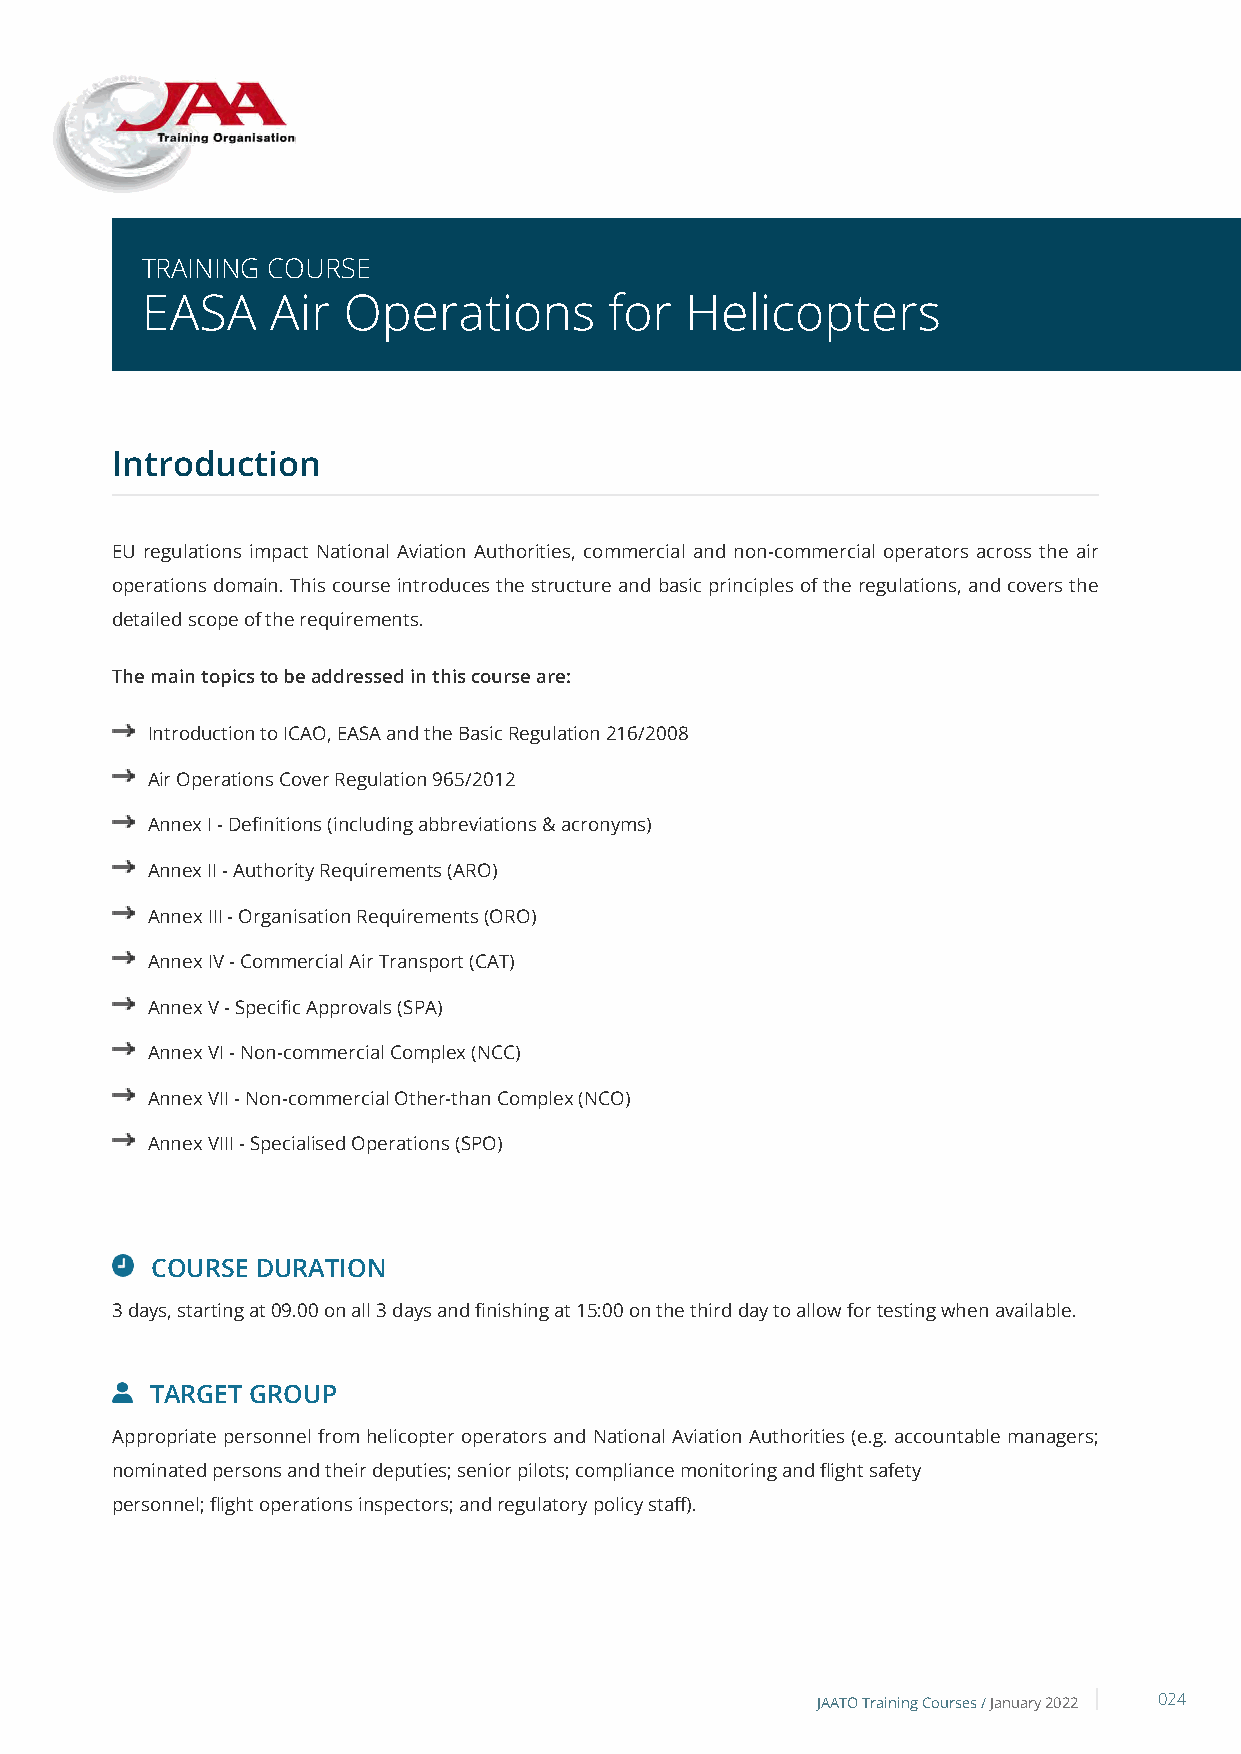
TRAINING COURSE
 EASA     Air  Operations       for  Helicopters
 Introduction
 EU regulations impact National Aviation Authorities, commercial and non-commercial operators across the air
 operations domain. This course introduces the structure and basic principles of the regulations, and covers the
 detailed scope of the requirements.
 The main topics to be addressed in this course are:
 Introduction to ICAO, EASA and the Basic Regulation 216/2008
 Air Operations Cover Regulation 965/2012
 Annex I - Definitions (including abbreviations & acronyms)
 Annex II - Authority Requirements (ARO)
 Annex III - Organisation Requirements (ORO)
 Annex IV - Commercial Air Transport (CAT)
 Annex V - Specific Approvals (SPA)
 Annex VI - Non-commercial Complex (NCC)
 Annex VII - Non-commercial Other-than Complex (NCO)
 Annex VIII - Specialised Operations (SPO)
 COURSE DURATION
 3 days, starting at 09.00 on all 3 days and finishing at 15:00 on the third day to allow for testing when available.
 TARGET GROUP
 Appropriate personnel from helicopter operators and National Aviation Authorities (e.g. accountable managers;
 nominated persons and their deputies; senior pilots; compliance monitoring and flight safety
 personnel; flight operations inspectors; and regulatory policy staff).
 JAATO Training Courses /January 2022 024